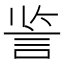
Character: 䛓